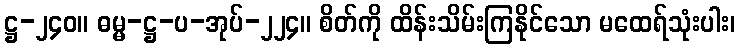
ဋ္ဌ-၂၄၀။ ဓမ္မ-ဋ္ဌ-ပ-အုပ်-၂၂၄။ စိတ်ကို ထိန်းသိမ်းကြနိုင်သော မထေရ်သုံးပါး၊